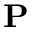
\textbf { P }